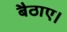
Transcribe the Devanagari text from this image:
बैठाए।